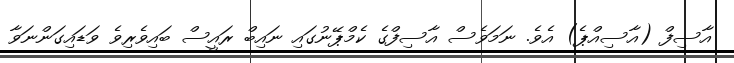
އާސިފް (އާސިއްޕެ) އެވެ. ނަަމަވެސް އާސިފްގެ ކެމްޕޭނުގައި ނައިބް ރައީސް ބައިވެރިވެ ވަޑައިގަންނަވާ